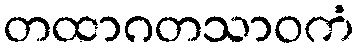
တထာဂတသာဝကံ